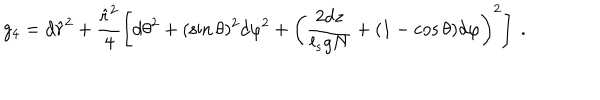
LaTeX: g _ { 4 } = d \hat { r } ^ { 2 } + \frac { \hat { r } ^ { 2 } } { 4 } \left[ d \theta ^ { 2 } + ( \sin \theta ) ^ { 2 } d \varphi ^ { 2 } + \left( \frac { 2 d z } { l _ { s } g N } + ( 1 - \cos \theta ) d \varphi \right) ^ { 2 } \right] ~ .